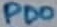
Text: PD0